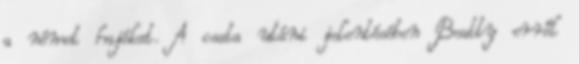
a német hajókat. A csata utáni jelentésében Beatty erről